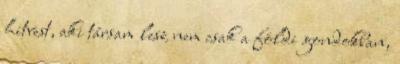
hitvest, aki társam lesz nem csak a földi gondokban,